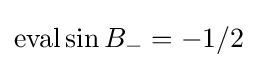
\operatorname {eval} \sin B_{-}=-1/2